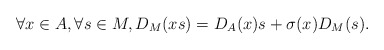
\begin{align*} \forall x \in A, \forall s \in M, D_{M}(xs) = D_{A}(x)s + \sigma(x)D_{M}(s).\end{align*}